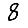
Digit: 8